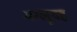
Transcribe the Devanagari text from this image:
मग्लूबह